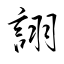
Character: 詡